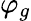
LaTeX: \varphi_{g}